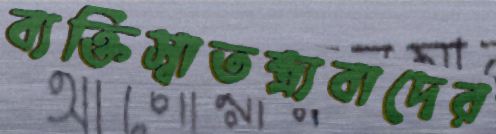
ব্যক্তিস্বাতন্ত্র্যবাদের